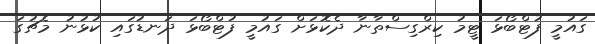
ގައުމީ ފުޓްބޯޅަ ޓީމު ކިރްގިސްތާނާ ދެކޮޅަށް ގައުމީ ފުޓްބޯޅަ ދަނޑުގައި ކުޅުނު މެޗުގަ